Lunatic asylums Burma 1907-21 - 1907-1921
Year: 1907
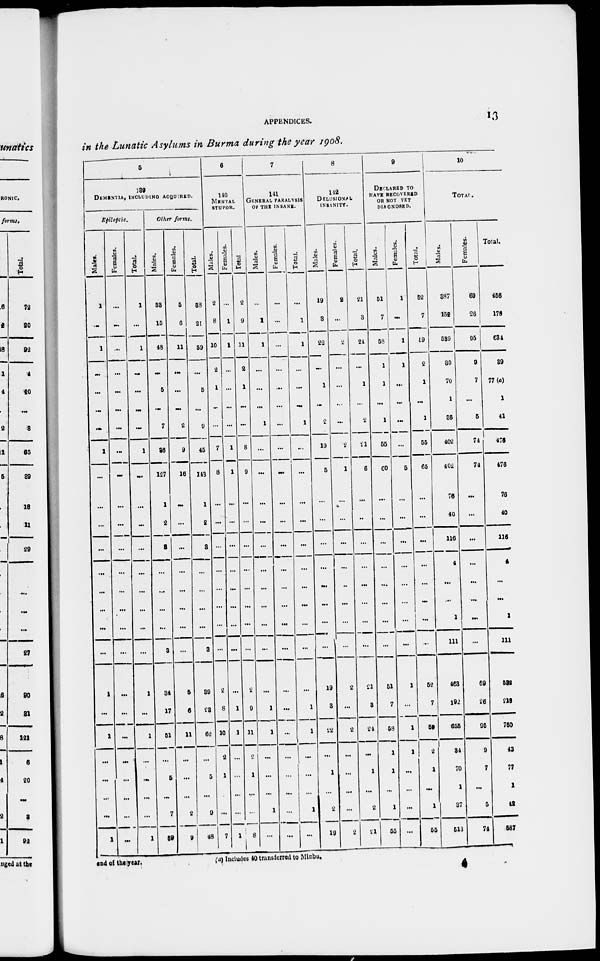
APPENDICES.
13
in the Lunatic Asylums in Burma during the year 1908.
5
139
DEMENTIA, INCLUDING ACQUIRED.
Epileptic.
Males.
1
...
1
...
...
...
...
1
...
...
...
...
...
...
...
...
...
1
...
1
...
...
...
...
1
Females.
...
...
...
...
...
...
...
...
...
...
...
...
...
...
...
...
...
...
...
...
...
...
...
...
...
Total.
1
...
1
...
...
...
...
1
...
...
...
...
...
...
...
...
...
1
...
1
...
...
...
...
1
Other forms.
Males.
33
15
48
...
5
...
7
35
127
1
2
3
...
...
...
...
3
34
17
51
...
5
...
7
39
Females.
5
6
11
...
...
...
2
9
16
...
...
...
...
...
...
...
...
5
6
11
...
...
...
2
9
Total.
38
21
59
...
5
...
9
45
143
1
2
3
...
...
...
...
3
39
28
62
...
5
...
9
48
6
140
MENTAL
STUPOR.
Males.
2
8
10
2
1
...
...
7
8
...
...
...
...
...
...
...
...
2
8
10
2
1
...
...
7
Females.
...
1
1
...
...
...
...
1
1
...
...
...
...
...
...
...
...
...
1
1
...
...
...
...
1
Total
2
9
11
2
1
...
...
8
9
...
...
...
...
...
...
...
...
2
9
11
2
1
...
...
8
7
141
GENERAL PARALYSIS
OF THE INSANE.
Males.
...
1
1
...
...
...
1
...
...
...
...
...
...
...
...
...
...
...
1
1
...
...
...
1
...
Females.
...
...
...
...
...
...
...
...
...
...
...
...
...
...
...
...
...
...
...
...
...
...
...
...
...
Total.
...
1
1
...
...
...
1
...
...
...
...
...
...
...
...
...
...
...
1
1
...
...
...
1
...
8
142
DELUSIONAL
INSANITY.
Males.
19
3
22
...
1
...
2
19
5
...
...
...
...
...
...
...
...
19
8
22
...
1
...
2
19
Females.
2
...
2
...
...
...
...
2
1
...
...
...
...
...
...
...
...
2
...
2
...
...
...
...
2
Total.
21
3
24
...
1
...
2
21
6
...
...
...
...
...
...
...
...
21
8
24
...
1
...
2
21
9
DECLARED TO
HAVE RECOVERED
OR NOT YET
DIAGNOSED.
Males.
51
7
58
1
1
...
1
55
60
...
...
...
...
...
...
...
...
51
7
58
1
1
...
1
55
Females.
1
...
1
1
...
...
...
...
5
...
...
...
...
...
...
...
...
1
...
1
1
...
...
...
...
Total.
52
7
59
2
1
...
1
55
65
...
...
...
...
...
...
...
...
52
7
59
2
1
...
1
55
10
TOTAL.
Males.
387
152
589
30
70
1
36
402
402
76
40
116
4
...
...
1
111
463
192
655
34
70
1
37
513
Females.
69
26
95
9
7
...
5
74
74
...
...
...
...
...
...
...
...
69
26
95
9
7
...
5
74
Total.
456
178
634
39
77(a)
1
41
476
476
76
40
116
4
...
...
1
111
532
218
750
43
77
1
42
587
and of the year.
(a) Includes 40 transferred to Minbu.
4